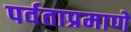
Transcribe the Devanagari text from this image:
पर्वताप्रमाणे